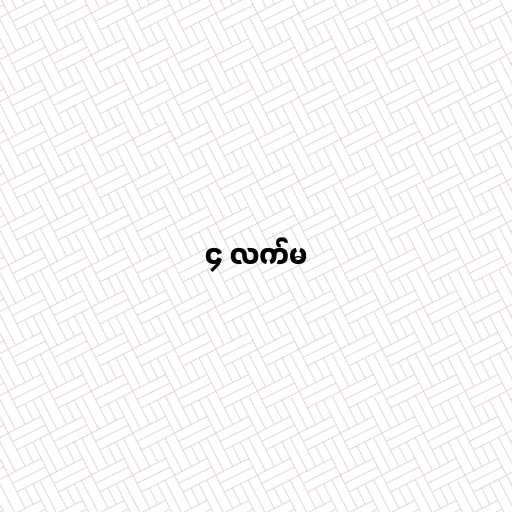
၄ လက်မ